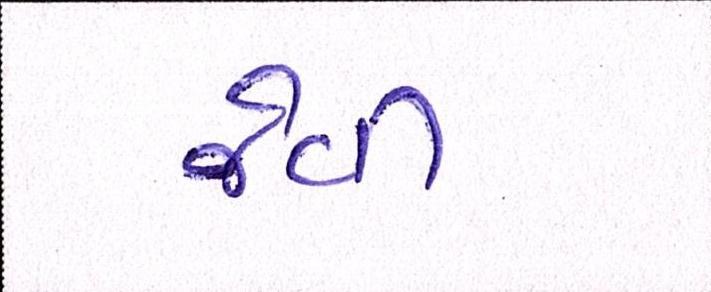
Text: જેવી